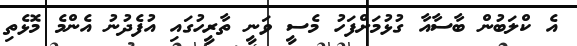
އެ ކްލަބުން ބާސާއާ ގުޅުމަށްފަހު މެސީ ވަނީ ތާރީހުގައި އުފެދުނު އެންމެ މޮޅެތި